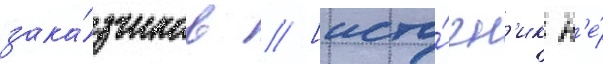
зака́зчиков // [исто́чн'ик н'е́